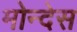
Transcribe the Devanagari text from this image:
मोन्देस